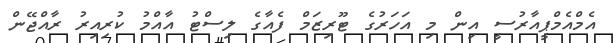
އެމްއެމްޕީއާރުސީ އިން މި އަހަރުގެ ޓޫރިޒަމް ފެއާގެ ލިސްޓު އާއްމު ކުރިއިރު ރާއްޖޭން